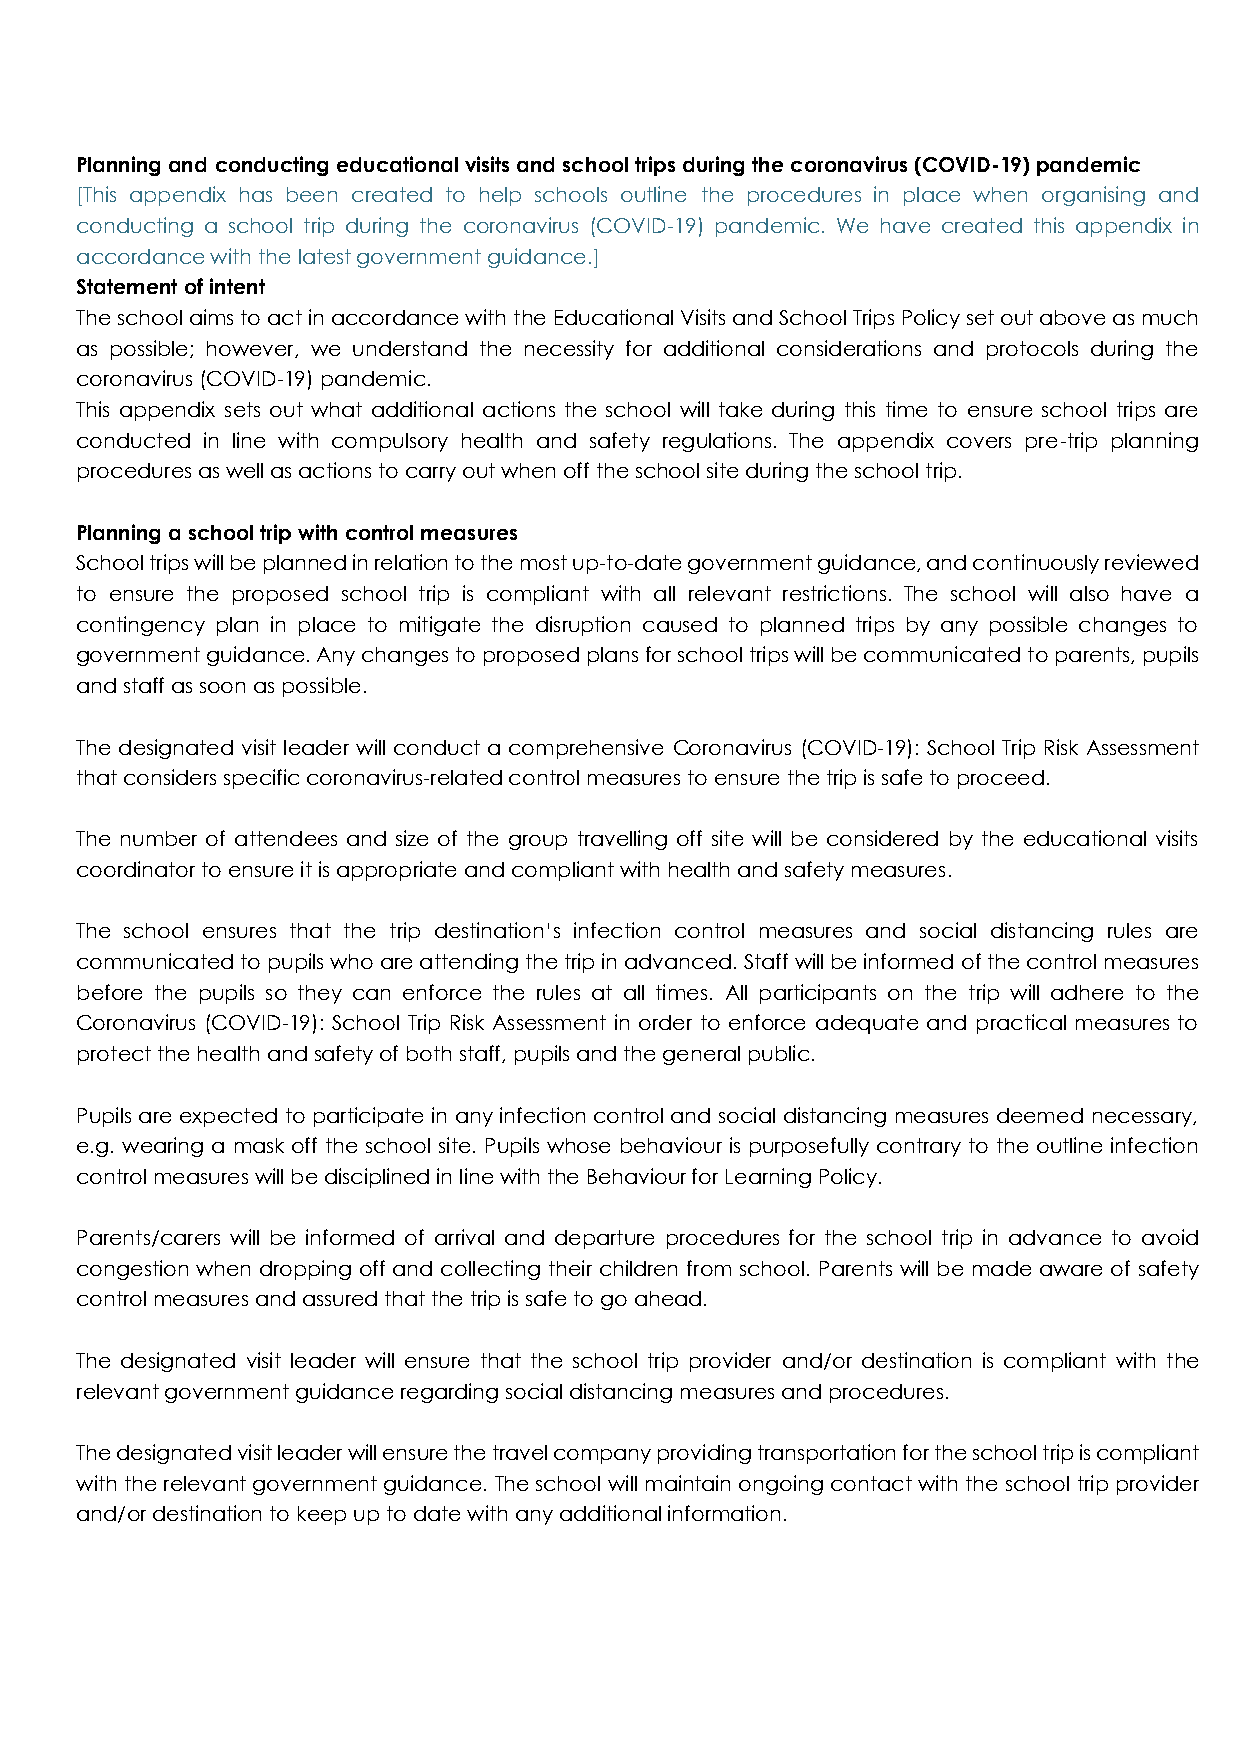
Planning and conducting educational visits and school trips during the coronavirus (COVID-19) pandemic
 [This appendix has been created to help schools outline the procedures in place when organising and
 conducting a school trip during the coronavirus (COVID-19) pandemic. We have created this appendix in
 accordance with the latest government guidance.]
 Statement of intent
 The school aims to act in accordance with the Educational Visits and School Trips Policy set out above as much
 as possible; however, we understand the necessity for additional considerations and protocols during the
 coronavirus (COVID-19) pandemic.
 This appendix sets out what additional actions the school will take during this time to ensure school trips are
 conducted in line with compulsory health and safety regulations. The appendix covers pre-trip planning
 procedures as well as actions to carry out when off the school site during the school trip.
 Planning a school trip with control measures
 School trips will be planned in relation to the most up-to-date government guidance, and continuously reviewed
 to ensure the proposed school trip is compliant with all relevant restrictions. The school will also have a
 contingency plan in place to mitigate the disruption caused to planned trips by any possible changes to
 government guidance. Any changes to proposed plans for school trips will be communicated to parents, pupils
 and staff as soon as possible.
 The designated visit leader will conduct a comprehensive Coronavirus (COVID-19): School Trip Risk Assessment
 that considers specific coronavirus-related control measures to ensure the trip is safe to proceed.
 The number of attendees and size of the group travelling off site will be considered by the educational visits
 coordinator to ensure it is appropriate and compliant with health and safety measures.
 The school ensures that the trip destination’s infection control measures and social distancing rules are
 communicated to pupils who are attending the trip in advanced. Staff will be informed of the control measures
 before the pupils so they can enforce the rules at all times. All participants on the trip will adhere to the
 Coronavirus (COVID-19): School Trip Risk Assessment in order to enforce adequate and practical measures to
 protect the health and safety of both staff, pupils and the general public.
 Pupils are expected to participate in any infection control and social distancing measures deemed necessary,
 e.g. wearing a mask off the school site. Pupils whose behaviour is purposefully contrary to the outline infection
 control measures will be disciplined in line with the Behaviour for Learning Policy.
 Parents/carers will be informed of arrival and departure procedures for the school trip in advance to avoid
 congestion when dropping off and collecting their children from school. Parents will be made aware of safety
 control measures and assured that the trip is safe to go ahead.
 The designated visit leader will ensure that the school trip provider and/or destination is compliant with the
 relevant government guidance regarding social distancing measures and procedures.
 The designated visit leader will ensure the travel company providing transportation for the school trip is compliant
 with the relevant government guidance. The school will maintain ongoing contact with the school trip provider
 and/or destination to keep up to date with any additional information.